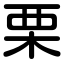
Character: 栗